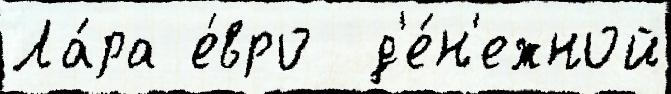
Ла́ра е́вро  д'е́н'ежной